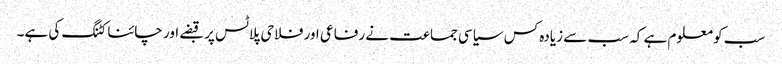
سب کو معلوم ہے کہ سب سے زیادہ کس سیاسی جماعت نے رفاعی اور فلاحی پلاٹس پر قبضے اور چائنا کٹنگ کی ہے۔